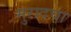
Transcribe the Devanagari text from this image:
मुरादचा